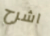
اشرح